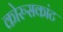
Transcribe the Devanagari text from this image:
कोरुसकांट